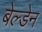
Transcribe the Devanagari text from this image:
बेल्डेन